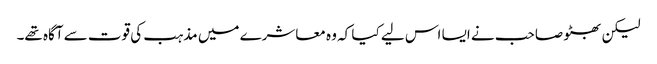
لیکن بھٹو صاحب نے ایسا اس لیے کیا کہ وہ معاشرے میں مذہب کی قوت سے آگاہ تھے۔